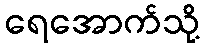
ရေအောက်သို့